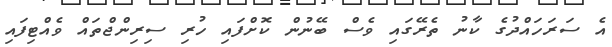
އެ ސަރަހައްދުގެ ކާނު ތެރޭގައި ވެސް ބޭނުން ކޮށްފައި ހުރި ސިރިންޖްތައް ވެއްޓިފައި